Vaccination in Burma 1912-1922 - 1912-1922
Year: 1912
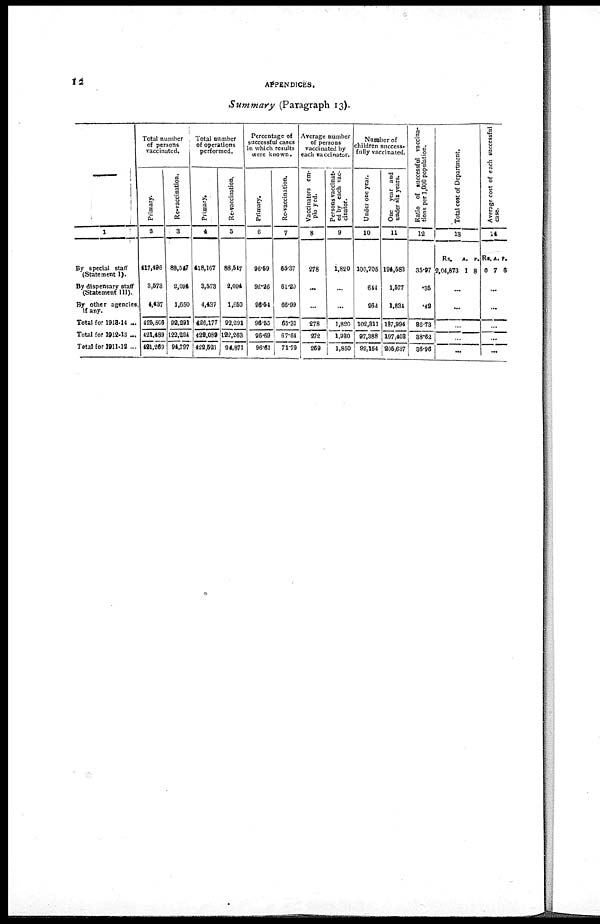
12
APPENDICES.
Summary (Paragraph 13).
—
1
By special staff
(Statement 1).
By dispensary staff
(Statement III).
By other agencies
if any.
Total for 1913-14 ...
Total for 1912-13 ...
Total for 1911-12 ...
Total number
of persons
vaccinated.
Primary.
2
417,496
3,678
4,437
426,508
421,489
491,209
Re-vaccination.
3
88,547
2,094
1,650
92,291
122,224 94,797
Total number
of operations
performed.
Primary.
4
418,167
3,573
4,437
426,177
428,089
422,521
Re-vaccination.
5
88,547
2,094
1,650
92,291
122,263
94,871
Percentage of
successful cases
in which results
were known.
Primary.
6
96.59
92.26
98.54
96.55
96.69
96.61
Re-vaccination.
7
65.37
61.20
66.99
65.31
67.64
71.79
Average number
of persons
vaccinated by
each vaccinator.
Vaccinators em-
ployed.
8
278
...
...
278
272
269
Persons vaccinat-
ed by each vac-
cinator.
9
1,820
...
...
1,820
1,980
1,850
Number of
children success-
fully vaccinated.
Under one year.
10
100,705
644
962
102,311
97,388
92,154
One year and
under six years.
11
194,583
1,577
1,834
197,994
197,403
205,637
Ratio of successful vaccina-
tions per 1,000 population.
12
35.97
.35
.42
86.73
38.62
86.96
Total cost of Department.
13
Rs.
2,04,873
A.
1
P.
8
...
...
...
...
...
Average cost of each successful
case.
14
Rs.
0
A.
7
P.
6
...
...
...
...
...